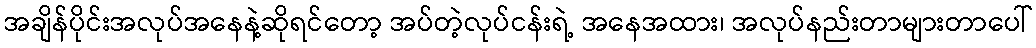
အချိန်ပိုင်းအလုပ်အနေနဲ့ဆိုရင်တော့ အပ်တဲ့လုပ်ငန်းရဲ့ အနေအထား၊ အလုပ်နည်းတာများတာပေါ်